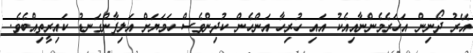
އޭރު ދޯނިން އަހަރެމެންނާއިއެކު އައި ހުރިހާ އަންހެން ކުދިންވެސް ހަމަޔަށް އަލިފާންގަނޑު ކައިރީތިއްބެވެ.